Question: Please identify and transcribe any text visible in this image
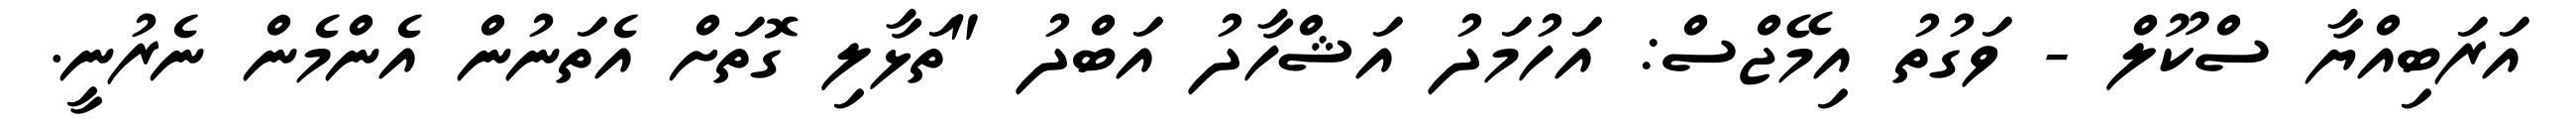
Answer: އަރަބިއްޔާ ސްކޫލް - ވަގުތު އިމޭޖްސް: އަހުމަދު އަޝްހާދު އަބްދު "ތަޅާލި ގޮތަށް އެތަނުން އެންމެން ނެރުނީ.